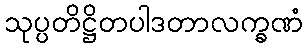
သုပ္ပတိဋ္ဌိတပါဒတာလက္ခဏံ